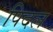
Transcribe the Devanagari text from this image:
पिदल